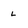
Character: L